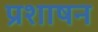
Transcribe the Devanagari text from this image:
प्रशाषन